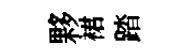
夥裙踏